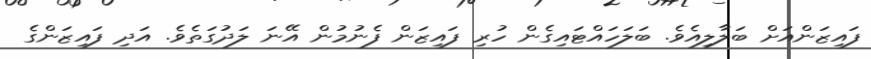
ފައިޒަންއަށް ބަލާލިއެވެ. ބަލަހައްޓައިގެން ހުރި ފައިޒަން ފެނުމުން އޭނަ ލަދުގަތެވެ. އަދި ފައިޒަންގެ